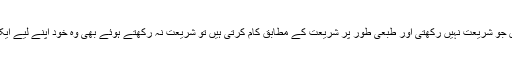
’’البتہ وہ قومیں جو شریعت نہیں رکھتی اور طبعی طور پر شریعت کے مطابق کام کرتی ہیں تو شریعت نہ رکھتے ہوئے بھی وہ خود اپنے لیے ایک شریعت ہیں۔